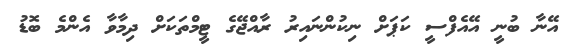
އޭނާ ބުނީ އޭއެފްސީ ކަޕަށް ނިކުންނައިރު ރާއްޖޭގެ ޓީމްތަކަށް ދިމާވާ އެންމެ ބޮޑު